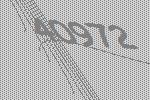
40972